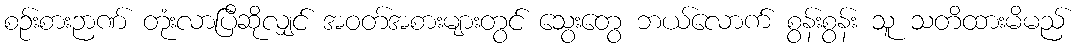
စဉ်းစားဉာဏ် တုံးလာပြီဆိုလျှင် အဝတ်အစားများတွင် သွေးတွေ ဘယ်လောက် စွန်းစွန်း သူ သတိထားမိမည်